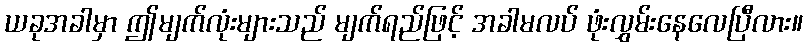
ယခုအခါမှာ ဤမျက်လုံးများသည် မျက်ရည်ဖြင့် အခါမလပ် ဖုံးလွှမ်းနေလေပြီလား။